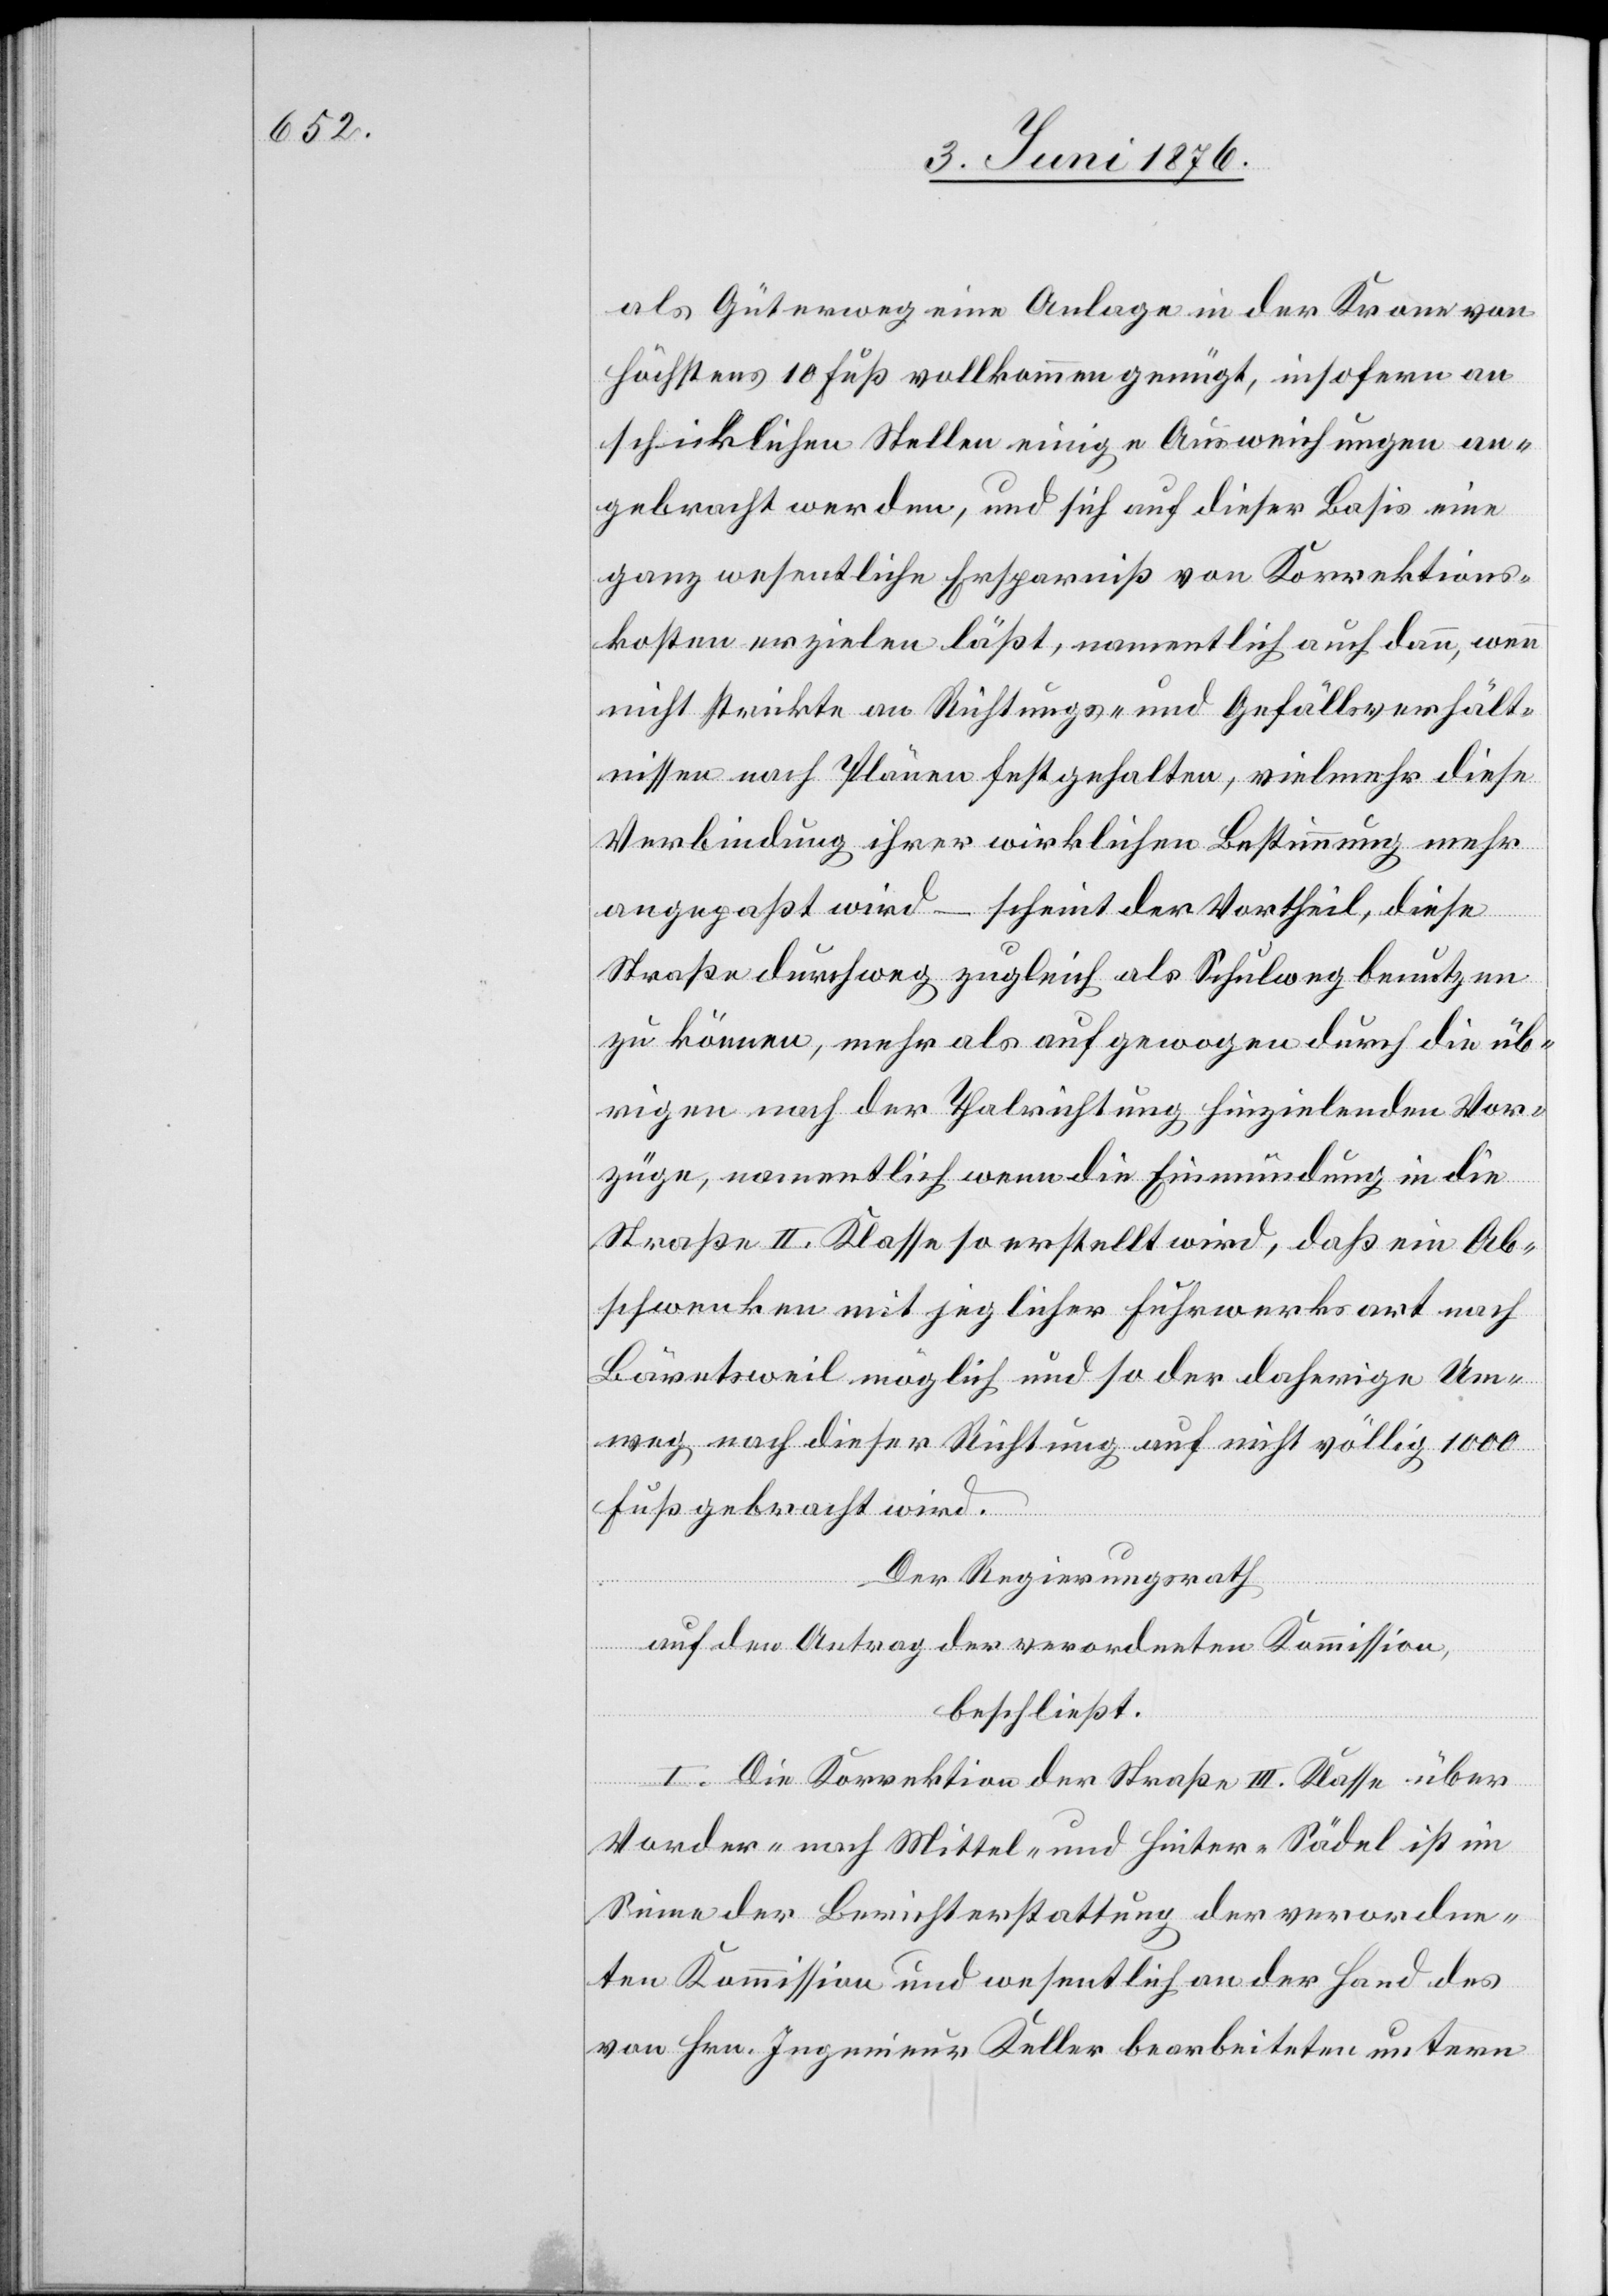
als Güterweg eine Anlage in der Krone von
Höchstens 10 Fuß vollkommen genügt, insofern an
schicklichen Stellen einige Ausweichungen an¬
gebracht werden, und sich auf dieser Basis eine
ganz wesentliche Ersparniß von Korrektions¬
kosten erzielen läßt, namentlich auch dann, wenn
nicht strickte an Richtungs- und Gefällsverhält¬
nissen nach Plänen festgehalten, vielmehr diese
Verbindung ihrer wirklichen Bestimmung mehr
angepaßt wird – scheint der Vortheil, diese
Straße durchweg zugleich als Schulweg benutzen
zu können, mehr als aufgewogen durch die üb¬
rigen nach der Thalrichtung hinzielenden Vor¬
züge, namentlich wenn die Einmündung in die
Straße II. Klasse so erstellt wird, daß ein Ab¬
schwenken mit jeglicher Fuhrwerksart nach
Bäretsweil möglich und so der daherige Um¬
weg nach dieser Richtung auf nicht völlig 1000
Fuß gebracht wird.
Der Regierungsrath,
auf den Antrag der verordneten Kommission,
beschließt:
I. Die Korrektion der Straße III. Klasse über
Vorder- nach Mittel- und Hinter-Sädel ist im
Sinne der Berichterstattung der verordne¬
ten Kommission und wesentlich an der Hand des
von Hrn. Ingenieur Keller bearbeiteten untern